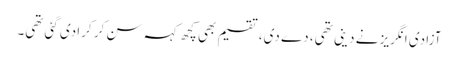
آزادی انگریز نے دینی تھی، دے دی، تقسیم بھی کچھ کہہ سن کر کرا دی گئی تھی۔